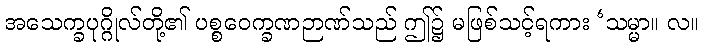
အသေက္ခပုဂ္ဂိုလ်တို့၏ ပစ္စဝေက္ခဏဉာဏ်သည် ဤ၌ မဖြစ်သင့်ရကား ‘သမ္မာ။ လ။